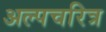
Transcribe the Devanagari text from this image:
अल्पचरित्र